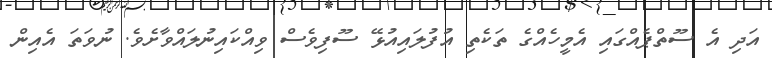
އަދި އެ ސޫތްޕެއްގައި އެމީހެއްގެ ތަކެތި އުފުލައިއުޅޭ ސޫފިވެސް ވިއްކައިނުލައްވާށެވެ. ނުވަތަ އެއިން